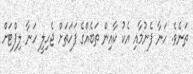
ތަނެވެ. ހަނާ ފެނުމާއި އެކު ކާއިން ތަބެއްގެ ފަހަތަށް ޖެހިލީ ހަނާ ލިފްޓަށް